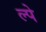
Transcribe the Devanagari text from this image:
ल्पे